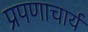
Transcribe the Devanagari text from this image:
प्रपणाचार्य